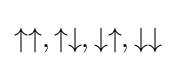
\uparrow \uparrow ,\uparrow \downarrow ,\downarrow \uparrow ,\downarrow \downarrow